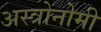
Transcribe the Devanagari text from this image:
अस्त्रोनोमी